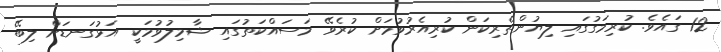
12 ގައެވެ. ކުރިމަގުގައި ލިޔުންތެރިކަން ކުރިއެރުވުމަށް ކުރެވޭ މަސައްކަތުގައި ޝާމިލުވުމަކީ އަޅުގަނޑަށް ލިބޭ